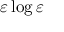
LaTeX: \varepsilon \log \varepsilon